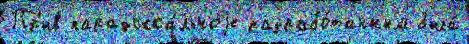
Пр'ив парадокса́льноjе разрабо́танным была́